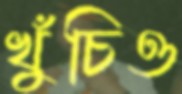
খুঁচিও